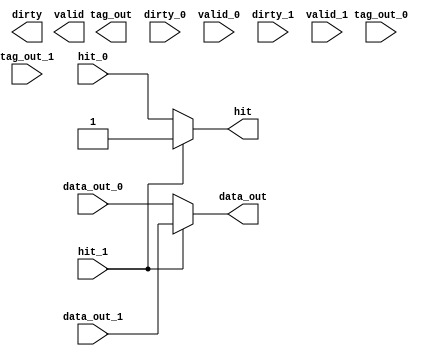
/* $Author: karu $ */
/* $LastChangedDate: 2009-03-04 23:09:45 -0600 (Wed, 04 Mar 2009) $ */
/* $Rev: 45 $ */
// D-flipflop
`default_nettype none
module victimway (data_out, dirty, tag_out, valid, hit,
                    data_out_0, dirty_0, tag_out_0, valid_0, hit_0,
                    data_out_1, dirty_1, tag_out_1, valid_1, hit_1
                    );

    output  wire [15:0]  data_out;
    output  wire [4:0]   tag_out;
    output  wire         hit, valid, dirty;
    input   wire [15:0]  data_out_0;
    input   wire [4:0]   tag_out_0;
    input   wire         hit_0, valid_0, dirty_0;
    input   wire [15:0]  data_out_1;
    input   wire [4:0]   tag_out_1;
    input   wire         hit_1, valid_1, dirty_1;

    
    assign hit = (hit_1)? hit_1: hit_0;
    assign data_out = (hit_1)? data_out_1: data_out_0;

endmodule
`default_nettype wire
// DUMMY LINE FOR REV CONTROL :0: